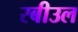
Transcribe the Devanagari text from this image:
रबीउल